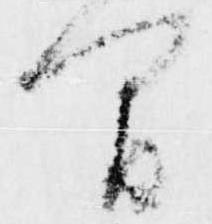
間